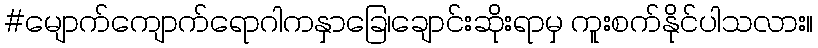
#မျောက်ကျောက်ရောဂါကနှာခြေ၊ချောင်းဆိုးရာမှ ကူးစက်နိုင်ပါသလား။